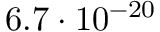
6 . 7 \cdot 1 0 ^ { - 2 0 }